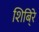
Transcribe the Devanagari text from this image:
शिबि्रे